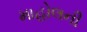
માહોલની